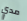
مدي